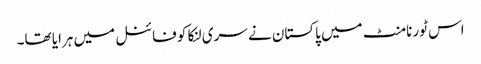
اس ٹورنامنٹ میں پاکستان نے سری لنکا کو فائنل میں ہرایا تھا۔